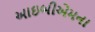
આઇબીએમના